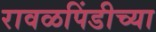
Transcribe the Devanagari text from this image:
रावळपिंडीच्या